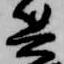
兵